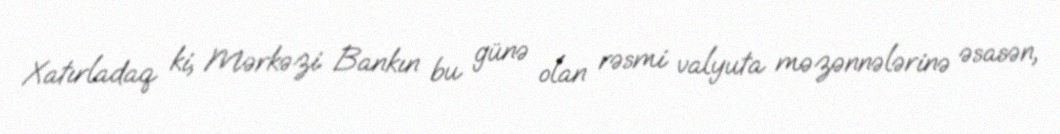
Xatırladaq ki, Mərkəzi Bankın bu günə olan rəsmi valyuta məzənnələrinə əsasən,